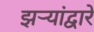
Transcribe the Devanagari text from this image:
झऱ्यांद्वारे